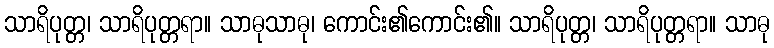
သာရိပုတ္တ၊ သာရိပုတ္တရာ။ သာဓုသာဓု၊ ကောင်း၏ကောင်း၏။ သာရိပုတ္တ၊ သာရိပုတ္တရာ။ သာဓု